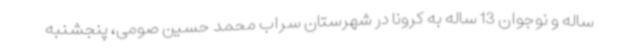
ساله و نوجوان 13 ساله به کرونا در شهرستان سراب محمد حسین صومی، پنجشنبه